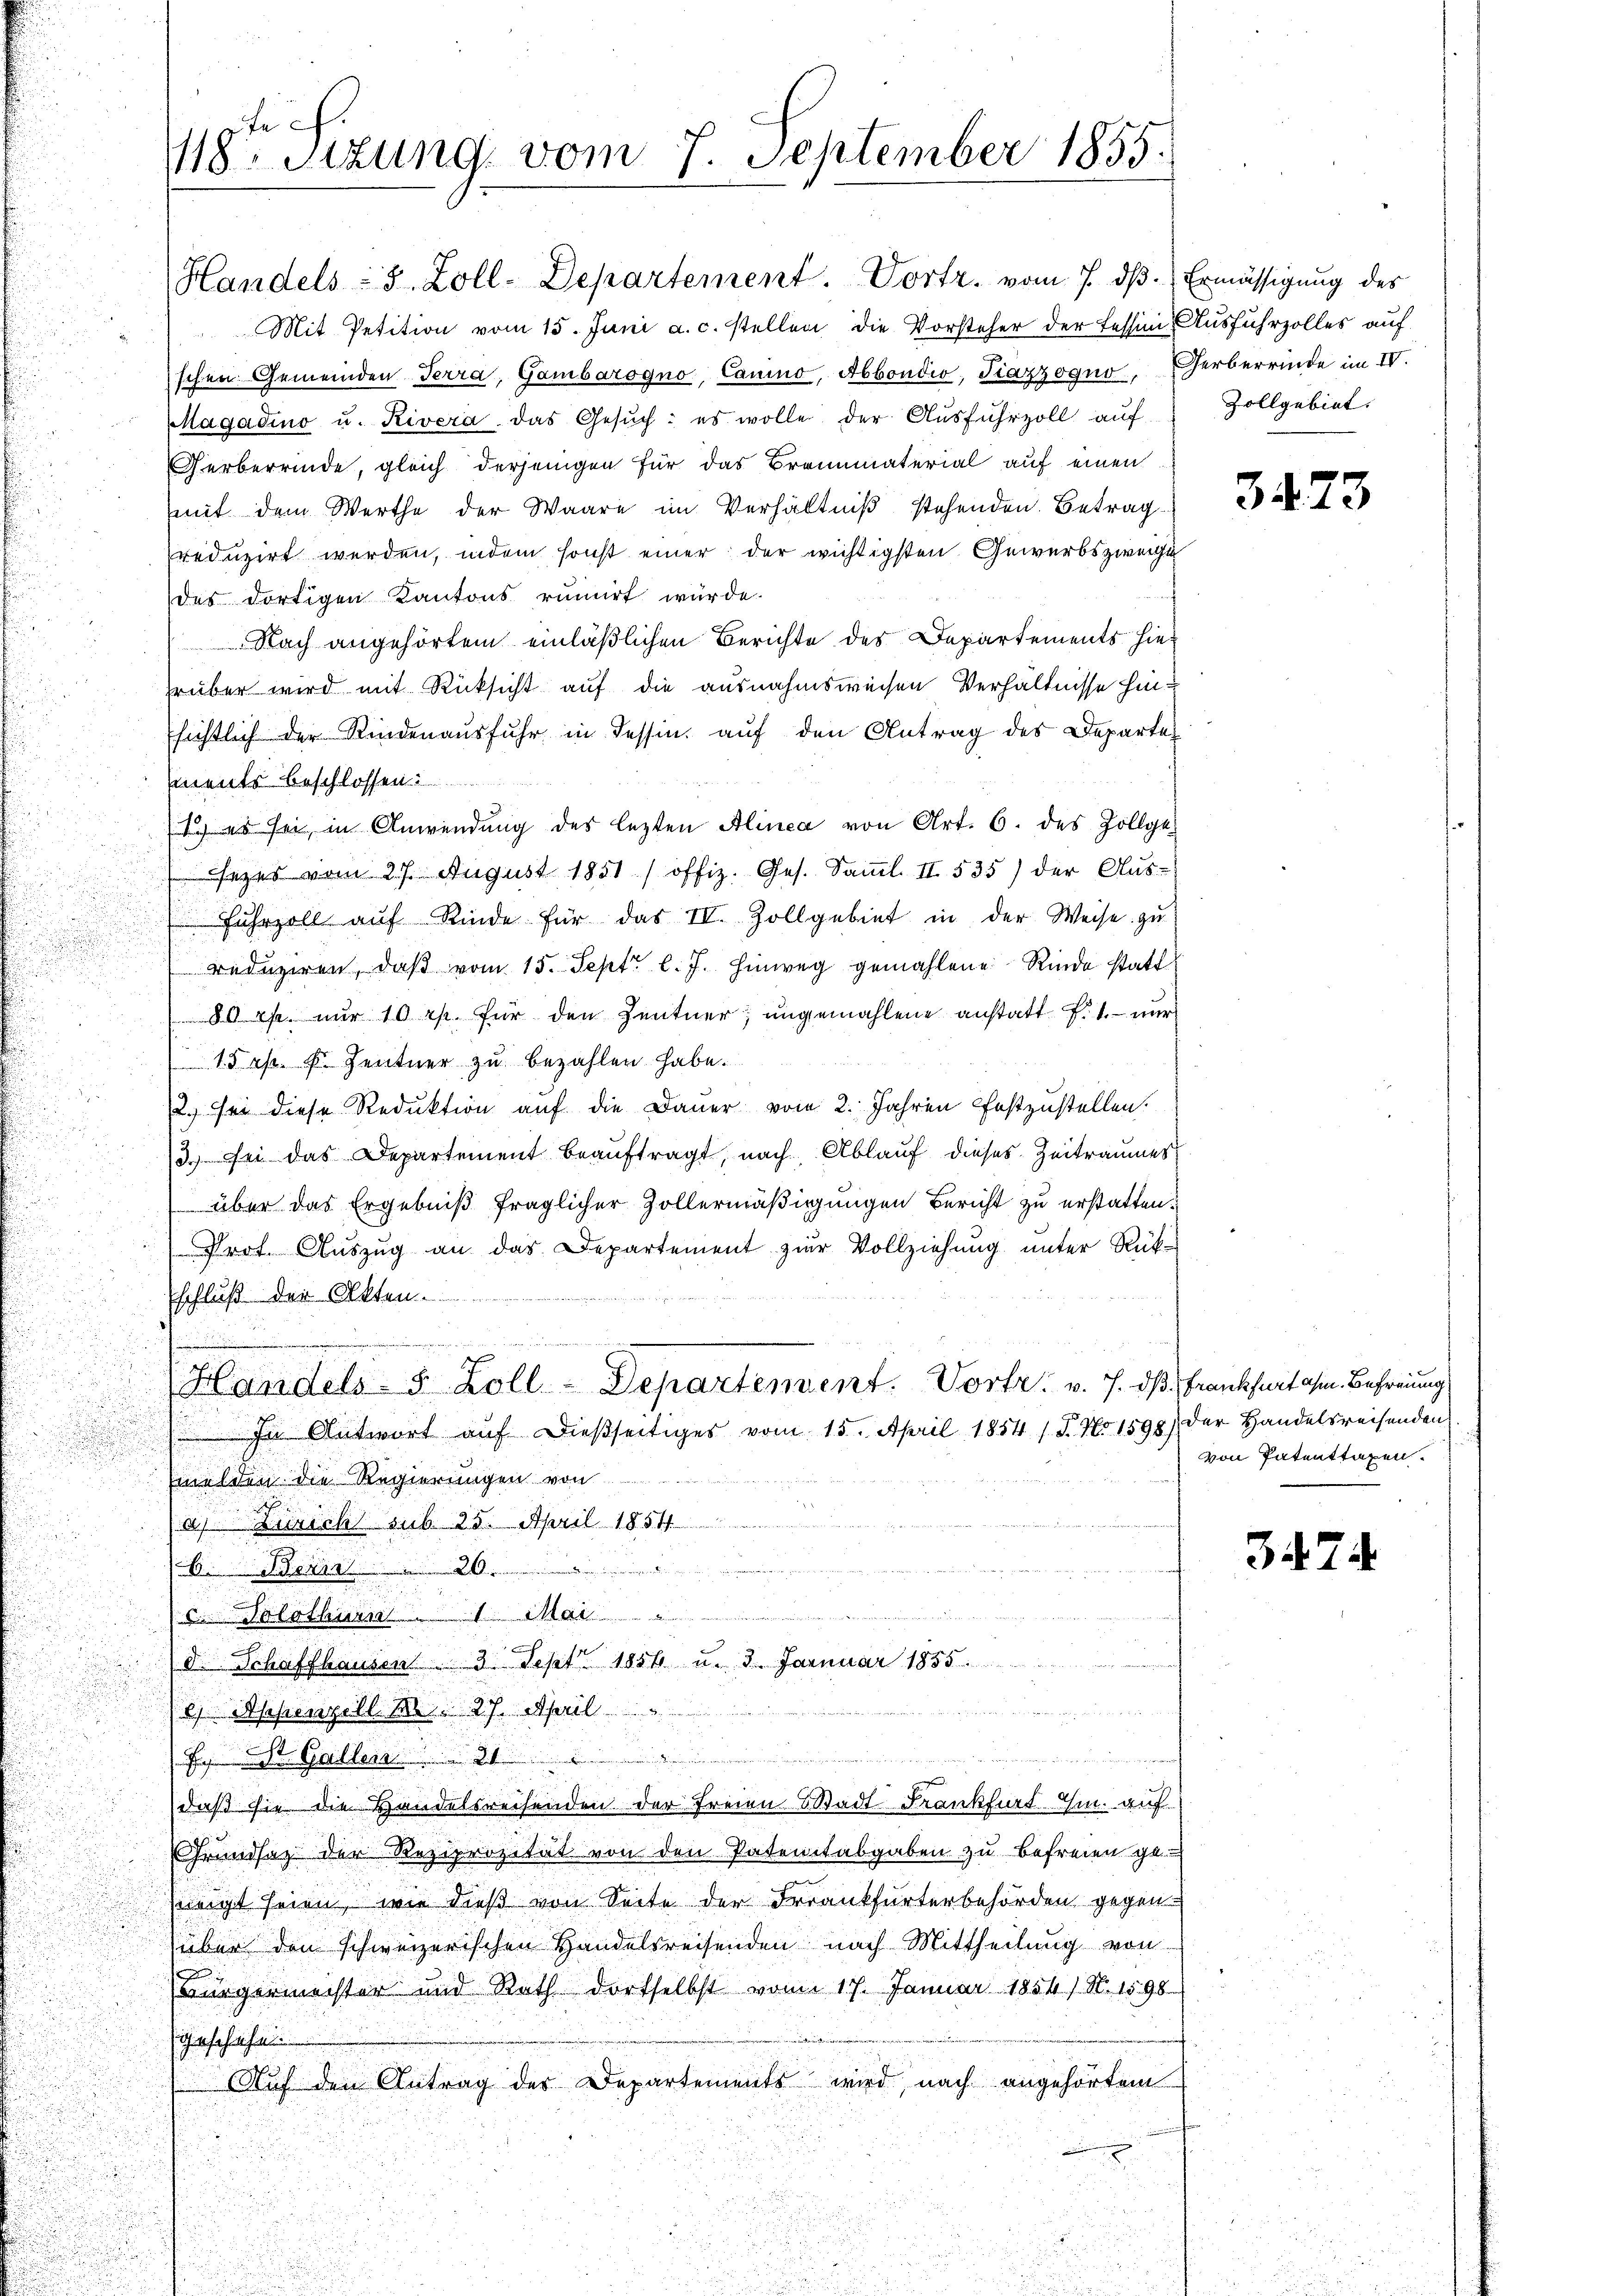
Handels- 8 Zoll-Departement. Vortr. vom 7. dβ. Ermässigung des
Mit Petition vom 15. Juni a. c. stellen die Vorsteher der fessin, Ausfuhrzolles auf
schen Gemeinden Terra, Gambarogno, Canino, Abbondio, Piazzogno, Herberrinde im IV.
Magadino u. Rivera das Gesŭch: es wolle der Ausfuhrzoll auf
Gerberrinde, gleich derjenigen für das Brennmaterial auf einen
mit dem Werthe der Waare im Verhältniß stehenden Betragreduzirt werden, indem sonst einer der wichtigsten Gewerbszweige
des dortigen Kantons rumirt würde.
Nach angehörtem einläßlichen Berichte des Departements hier
früber wird mit Rücksicht auf die ausnahmsweisen Verhältnisse hinsichtlich der Rindenaŭsfuhr in dessin, auf den Antrag des Departements beschlossen:
1. es sei in Anwendung des lezten Alinea von Art. 6. des Zollge
sezes vom 27. August 1851 / offiz. Ges. Samml. II 535) der Aus-
Fŭhrzoll aŭf Rinde für das IV. Zollgebiet in der Weise zŭ
redŭziren, daβ vom 15. Sept. l. J. hinweg gemahlene Rinde statt
80 Rp. nur 10 rp. für den Zentner; ungemahlene anstatt f. 1. — nur
15 rp. F. Zentner zŭ bezahlen habe.
.
u
2., sei diese Reduktion auf die Dauer vom 2. Jahren festzustellen.
3.) Sei das Departement beauftragt, nach Ablauf dieses Zeitraumes
 über das Ergebniß fraglicher Zollermäßigungen Bericht zu erstatten.
Prot. Auszug an das Departement zur Vollziehung unter Rükschluß der Akten.
u

Handels 5 Zoll-Departenvent. Vortr. v. J. dß. Frankfurt ohne Befreiung
In Antwort auf dießseitiges vom 15. April 1854 (T. No 1598) der Handelsreisenden
melden. Die Regierungen von
d
a. Züricht sub 25. April 1854
un
................................
u
 Tolothurga
d. Schaffhausen 3. Sept. 1856 u. 3. Jannuar 1885

e Appenzell M. 27. April
denn ein angen zu einer nun meinen angegen
E St. Galler
daß sie die Handelsreisenden der Freien Stadt Frankfurt Ihm auf
Grundsatz der Reziprozität von den Patentabgaben zu befreien ge
jrigt seien, wie dieß von Seite der Frankfurterbehörden gegen
über den schweizerischen Handelsreisenden nach Mittheilung von
Bürgermachter und Rath dortselbst vom 17. Januar 1854 / N. 1598
gfehaft
Auf den Antrag der Departements wird, nach angehörtem

te
118. Sitzung vom 7. September 1855.

Zollgebiet.

3473

von Patenttaxen.

3474